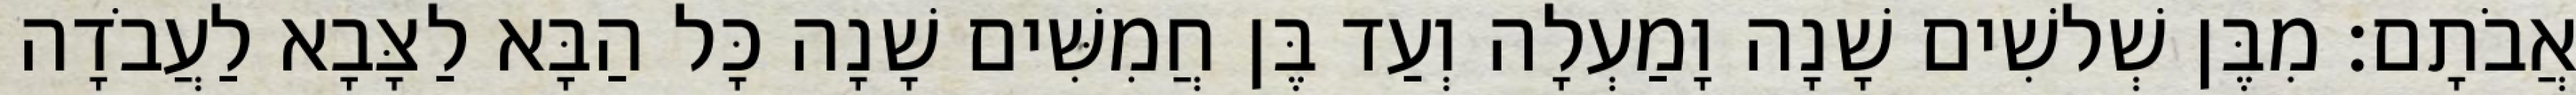
אֲבֹתָם׃ מִבֶּן שְׁלשִׁים שָׁנָה וָמַעְלָה וְעַד בֶּן חֲמִשִּׁים שָׁנָה כָּל הַבָּא לַצָּבָא לַעֲבֹדָה